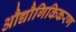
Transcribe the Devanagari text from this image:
औद्यौगिकिकरण